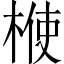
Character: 𣔤